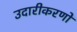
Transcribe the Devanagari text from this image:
उदारीकरणों